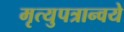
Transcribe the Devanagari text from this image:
मृत्युपत्रान्वये